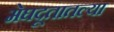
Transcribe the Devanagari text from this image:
मेघदूतातल्या